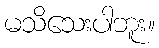
မသိသေးပါဘူး။